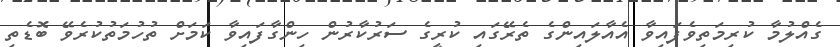
ގެއްލުމާ ކުރިމަތިވެފައިވާ އެއާލައިންގެ ތެރޭގައި ކުރީގެ ސަރުކާރުން ހިންގާފައިވާ ކަމަށް ތުހުމަތުކުރެވޭ ބޮޑެތި